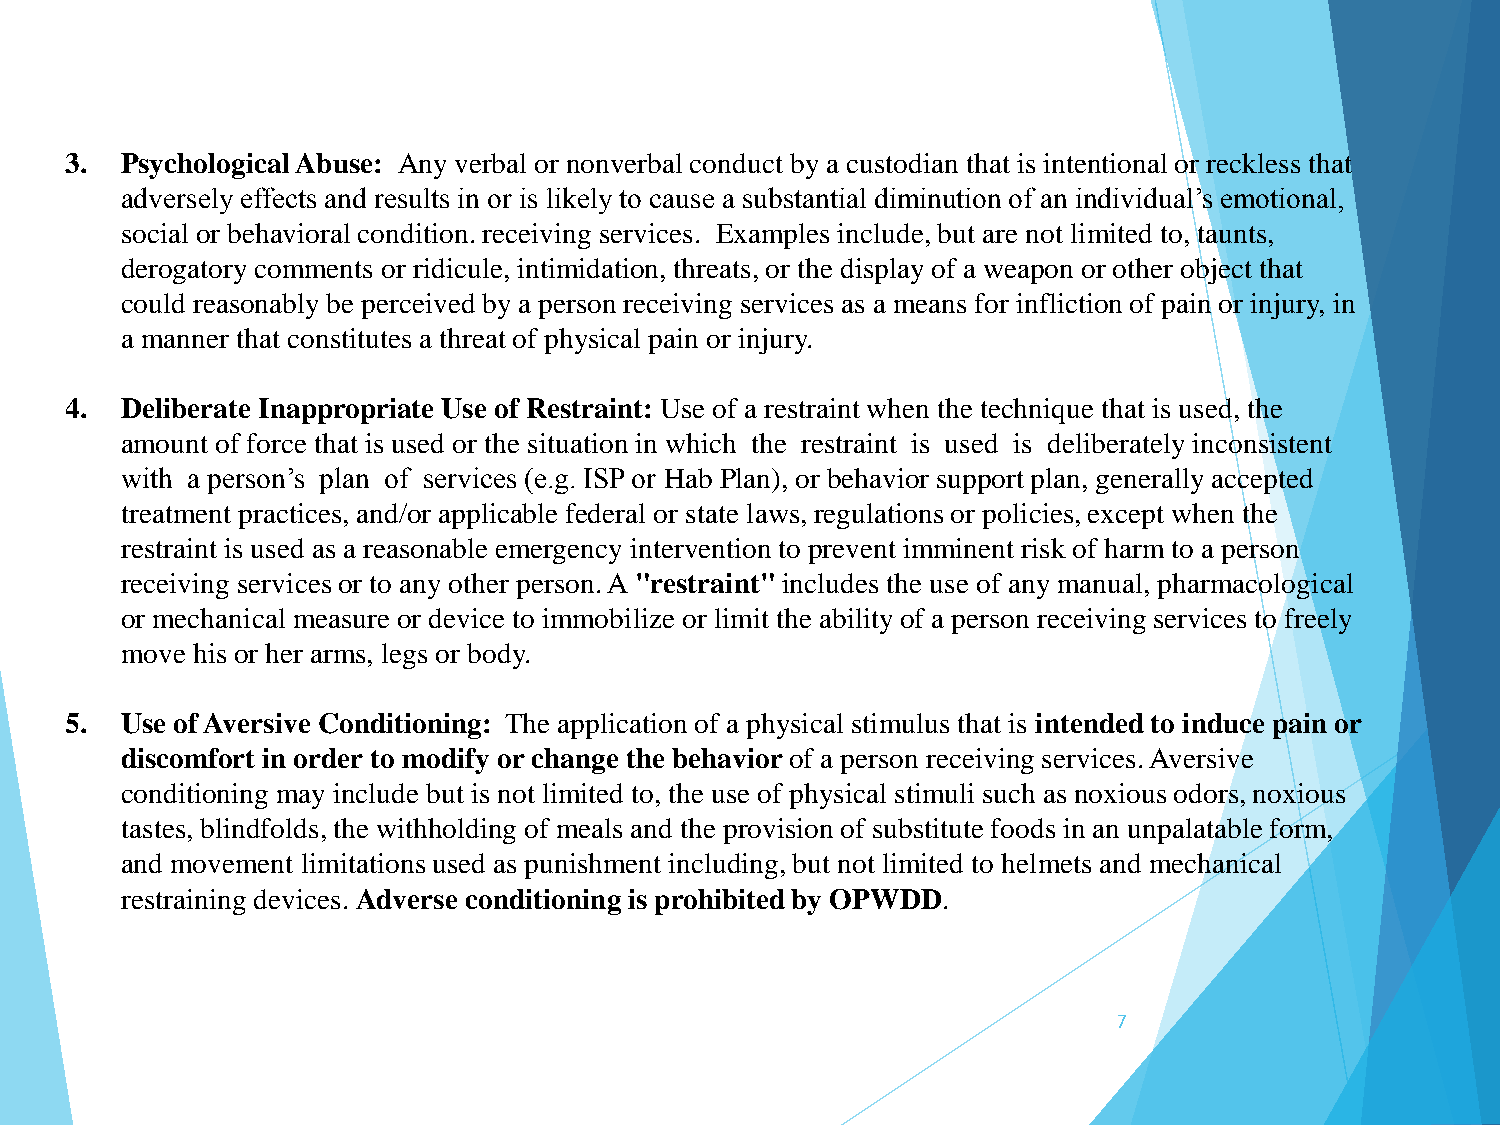
3.  Psychological Abuse: Any verbal or nonverbal conduct by a custodian that is intentional or reckless that
 adversely effects and results in or is likely to cause a substantial diminution of an individual’s emotional,
 social or behavioral condition. receiving services. Examples include, but are not limited to, taunts,
 derogatory comments or ridicule, intimidation, threats, or the display of a weapon or other object that
 could reasonably be perceived by a person receiving services as a means for infliction of pain or injury, in
 a manner that constitutes a threat of physical pain or injury.
 4.  Deliberate Inappropriate Use of Restraint: Use of a restraint when the technique that is used, the
 amount of force that is used or the situation in which the restraint is used is deliberately inconsistent
 with a person’s plan of services (e.g. ISP or Hab Plan), or behavior support plan, generally accepted
 treatment practices, and/or applicable federal or state laws, regulations or policies, except when the
 restraint is used as a reasonable emergency intervention to prevent imminent risk of harm to a person
 receiving services or to any other person. A "restraint" includes the use of any manual, pharmacological
 or mechanical measure or device to immobilize or limit the ability of a person receiving services to freely
 move his or her arms, legs or body.
 5.  Use of Aversive Conditioning: The application of a physical stimulus that is intended to induce pain or
 discomfort in order to modify or change the behavior of a person receiving services. Aversive
 conditioning may include but is not limited to, the use of physical stimuli such as noxious odors, noxious
 tastes, blindfolds, the withholding of meals and the provision of substitute foods in an unpalatable form,
 and movement limitations used as punishment including, but not limited to helmets and mechanical
 restraining devices. Adverse conditioning is prohibited by OPWDD.
 7